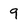
Character: 9